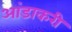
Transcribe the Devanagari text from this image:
आंडाकरी